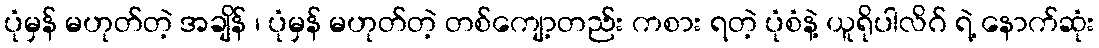
ပုံမှန် မဟုတ်တဲ့ အချိန် ၊ ပုံမှန် မဟုတ်တဲ့ တစ်ကျော့တည်း ကစား ရတဲ့ ပုံစံနဲ့ ယူရိုပါလိဂ် ရဲ့ နောက်ဆုံး